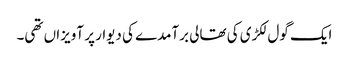
ایک گول لکڑی کی تھالی برآمدے کی دیوار پر آویزاں تھی۔